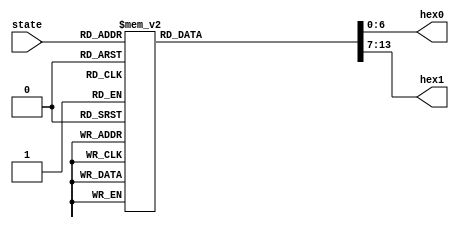
module ledctr (state, hex0, hex1);
    input [4:0] state;
    output [6:0] hex0, hex1;
    reg [6:0] hex0, hex1;

    always @(state) begin
        case (state)
        5'b00000: begin hex0 <= 7'b0000001; hex1 <= 7'b0000001; end
        5'b00001: begin hex0 <= 7'b1001111; hex1 <= 7'b0000001; end
        5'b00010: begin hex0 <= 7'b0010010; hex1 <= 7'b0000001; end
        5'b00011: begin hex0 <= 7'b0000110; hex1 <= 7'b0000001; end
        5'b00100: begin hex0 <= 7'b1001100; hex1 <= 7'b0000001; end
        5'b00101: begin hex0 <= 7'b0100100; hex1 <= 7'b0000001; end
        5'b00110: begin hex0 <= 7'b0100000; hex1 <= 7'b0000001; end
        5'b00111: begin hex0 <= 7'b0001101; hex1 <= 7'b0000001; end
        5'b01000: begin hex0 <= 7'b0000000; hex1 <= 7'b0000001; end
        5'b01001: begin hex0 <= 7'b0000100; hex1 <= 7'b0000001; end
        5'b01010: begin hex0 <= 7'b0000001; hex1 <= 7'b1001111; end
        5'b01011: begin hex0 <= 7'b1001111; hex1 <= 7'b1001111; end
        5'b01100: begin hex0 <= 7'b0010010; hex1 <= 7'b1001111; end
        5'b01101: begin hex0 <= 7'b0000110; hex1 <= 7'b1001111; end
        5'b01110: begin hex0 <= 7'b1001100; hex1 <= 7'b1001111; end
        5'b01111: begin hex0 <= 7'b0100100; hex1 <= 7'b1001111; end
        5'b10000: begin hex0 <= 7'b0100000; hex1 <= 7'b1001111; end
        5'b10001: begin hex0 <= 7'b0001101; hex1 <= 7'b1001111; end
        5'b10010: begin hex0 <= 7'b0000000; hex1 <= 7'b1001111; end
        5'b10011: begin hex0 <= 7'b0000100; hex1 <= 7'b1001111; end

        5'b10100: begin hex0 <= 7'b1111111; hex1 <= 7'b1111111; end
        5'b10101: begin hex0 <= 7'b1111111; hex1 <= 7'b1111111; end
        5'b10110: begin hex0 <= 7'b1111111; hex1 <= 7'b1111111; end
        5'b10111: begin hex0 <= 7'b1111111; hex1 <= 7'b1111111; end
        5'b11000: begin hex0 <= 7'b1111111; hex1 <= 7'b1111111; end
        5'b11001: begin hex0 <= 7'b1111111; hex1 <= 7'b1111111; end
        5'b11010: begin hex0 <= 7'b1111111; hex1 <= 7'b1111111; end
        5'b11011: begin hex0 <= 7'b1111111; hex1 <= 7'b1111111; end
        5'b11100: begin hex0 <= 7'b1111111; hex1 <= 7'b1111111; end
        5'b11101: begin hex0 <= 7'b1111111; hex1 <= 7'b1111111; end
        5'b11110: begin hex0 <= 7'b1111111; hex1 <= 7'b1111111; end
        5'b11111: begin hex0 <= 7'b1111111; hex1 <= 7'b1111111; end
        default:  begin hex0 <= 7'b1111111; hex1 <= 7'b1111111; end

        endcase
    end
endmodule